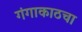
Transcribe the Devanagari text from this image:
गंगाकाठचा